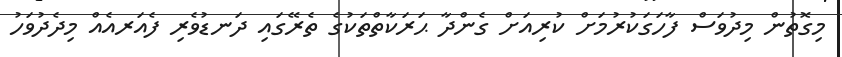
މިގޮތުން މިދުވަސް ފާހަގަކުރުމަށް ކުރިއަށް ގެންދާ ޙަރަކާތްތަކުގެ ތެރޭގައި ދަނޑުވެރި ފެއަރއެއް މިދެދުވަހު